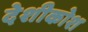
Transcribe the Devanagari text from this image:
देशीकोश